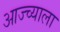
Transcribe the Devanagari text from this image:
आज्च्याला